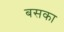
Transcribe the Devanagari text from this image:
बसका